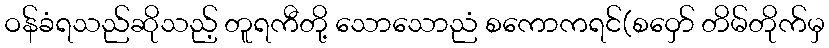
ဝန်ခံရသည်ဆိုသည့် တူရကီတို့ သောသောညံ စကောကရင်(စဝှော် တိမ်တိုက်မှ